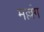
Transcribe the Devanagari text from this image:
मल्लंग